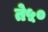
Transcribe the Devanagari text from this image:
ते५०